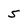
Character: 5